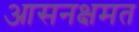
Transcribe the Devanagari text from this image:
आसनक्षमत